Indian journal of veterinary science and animal husbandry - Volume 10,
Year: 1940
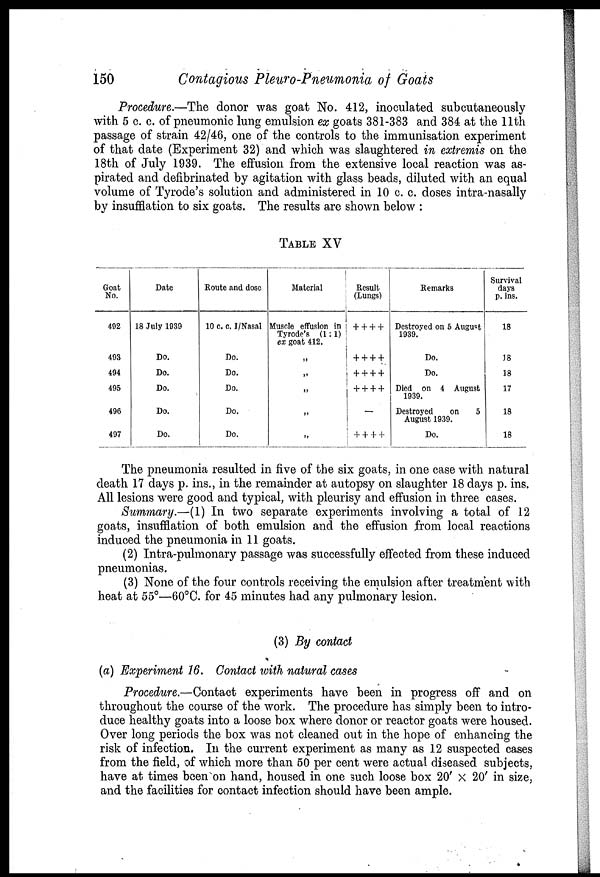
150
Contagious Pleuro-Pneumonia of Goats
Procedure.—The donor was goat No. 412, inoculated subcutaneously
with 5 c. c. of pneumonic lung emulsion ex goats 381-383 and 384 at the 11th
passage of strain 42/46, one of the controls to the immunisation experiment
of that date (Experiment 32) and which was slaughtered in extremis on the
18th of July 1939. The effusion from the extensive local reaction was as-
pirated and defibrinated by agitation with glass beads, diluted with an equal
volume of Tyrode's solution and administered in 10 c. c. doses intra-nasally
by insufflation to six goats. The results are shown below :
TABLE XV
Goat
No.
492
493
494
495
496
497
Date
18 July 1939
Do.
Do.
Do.
Do.
Do.
Route and dose
10 c. c. I/Nasal
Do.
Do.
Do.
Do.
Do.
Material
Muscle effusion in
Tyrode's (1:1)
ex goat 412.
„
„
„
„
„
Result
(Lungs)
+ + + +
+ + + +
+ + + +
+ + + +
—
+ + + +
Remarks
Destroyed on 5 August
1939.
Do.
Do.
Died on 4 August
1939.
Destroyed
on
5
August 1939.
Do.
Survival
days
p. ins.
18
18
18
17
18
18
The pneumonia resulted in five of the six goats, in one case with natural
death 17 days p. ins., in the remainder at autopsy on slaughter 18 days p. ins.
All lesions were good and typical, with pleurisy and effusion in three cases.
Summary.—(1) In two separate experiments involving a total of 12
goats, insufflation of both emulsion and the effusion from local reactions
induced the pneumonia in 11 goats.
(2) Intra-pulmonary passage was successfully effected from these induced
pneumonias.
(3) None of the four controls receiving the emulsion after treatment with
heat at 55°—60°C. for 45 minutes had any pulmonary lesion.
(3) By contact
(a) Experiment 16. Contact with natural cases
Procedure.—Contact experiments have been in progress off and on
throughout the course of the work. The procedure has simply been to intro-
duce healthy goats into a loose box where donor or reactor goats were housed.
Over long periods the box was not cleaned out in the hope of enhancing the
risk of infection. In the current experiment as many as 12 suspected cases
from the field, of which more than 50 per cent were actual diseased subjects,
have at times been on hand, housed in one such loose box 20' × 20' in size,
and the facilities for contact infection should have been ample.